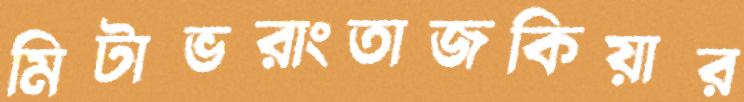
মিটাভরাংতাজকিয়ার